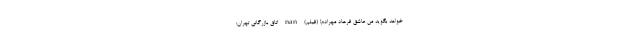
‌خواهد بگوید من عاشق فرهاد مهرادم! (فیلم) nan اتاق بازرگانی تهران: